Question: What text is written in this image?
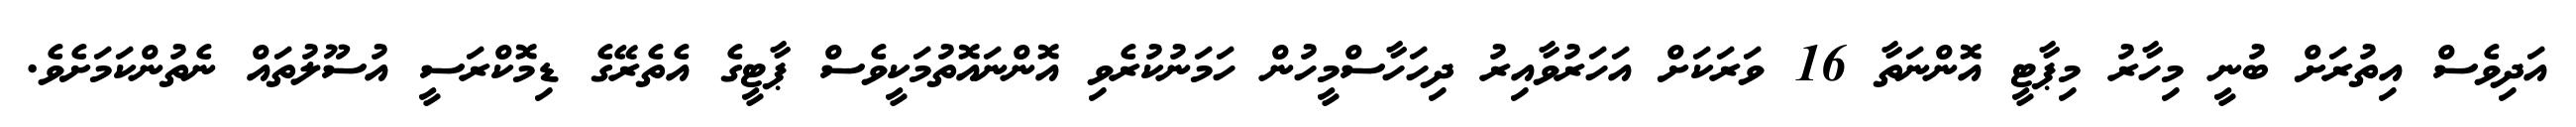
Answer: އަދިވެސް އިތުރަށް ބުނީ މިހާރު މިޕާޓީ އޮންނަތާ 16 ވަރަކަށް އަހަރުވާއިރު ދިހަހާސްމީހުން ހަމަނުކުރެވި އޮންނައޮތުމަކީވެސް ޕާޓީގެ އެތެރޭގެ ޑިމޮކްރަސީ އުސޫލުތައް ނެތުންކަމަށެވެ.